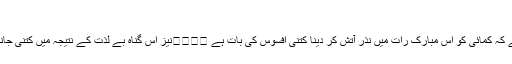
“
یہ بھی تو عقل سے سوچنے کی بات ہے کہ کمائی کو اس مبارک رات میں نذرِ آتش کر دینا کتنی افسوس کی بات ہے ․․․․نیز اس گناہِ بے لذت کے نتیجہ میں کتنی جانیں تلف ہوئیں ،کتنے مکانات جل گئے ؟